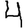
Digit: 4